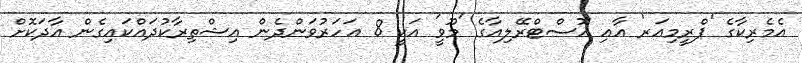
އެމެރިކާގެ 'ޕްރީމިއަރ' އާއި އޮސްޓްރޭލިއާގެ 'މޫވީ' އަކީ 8 އަހަރުވަންދެން އިޝްތިރާކުދައްކައިގެން އާދަކޮށް